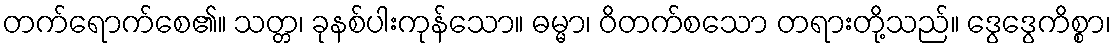
တက်ရောက်စေ၏။ သတ္တ၊ ခုနစ်ပါးကုန်သော။ ဓမ္မာ၊ ဝိတက်စသော တရားတို့သည်။ ဒွေဒွေကိစ္စာ၊